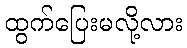
ထွက်ပြေးမလို့လား